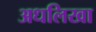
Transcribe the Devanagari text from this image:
अधलिखा